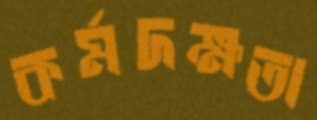
কর্মদক্ষতা